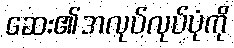
ဆေး၏အလုပ်လုပ်ပုံကို